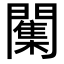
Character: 𮤣